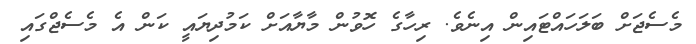
މެސެޖަށް ބަލަހައްޓައިން އިނެވެ. ރިހާގެ ހޮވުން މާޔާއަށް ކަމުދިޔައީ ކަން އެ މެސެޖްގައި